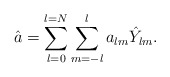
\begin{align*}\hat{a}=\sum_{l=0}^{l=N}\sum_{m=-l}^{l}a_{lm}\hat{Y}_{lm}. \end{align*}